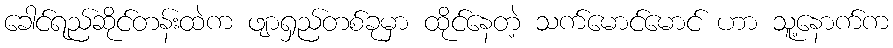
ခေါင်ရည်ဆိုင်တန်းထဲက ဖျာရှည်တစ်ခုမှာ ထိုင်နေတဲ့ သက်မောင်မောင် ဟာ သူ့နောက်က